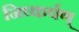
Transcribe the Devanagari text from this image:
निष्कर्षण्